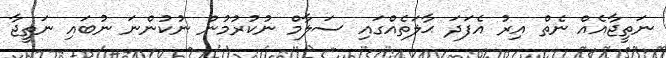
ނަތީޖާއެއް ނެތް އިރު އެފަދަ ޙާލަތެއްގައި ސަލާމް ނުކުރުމުން ނުކުންނަ ނުބައި ނަތީޖާ